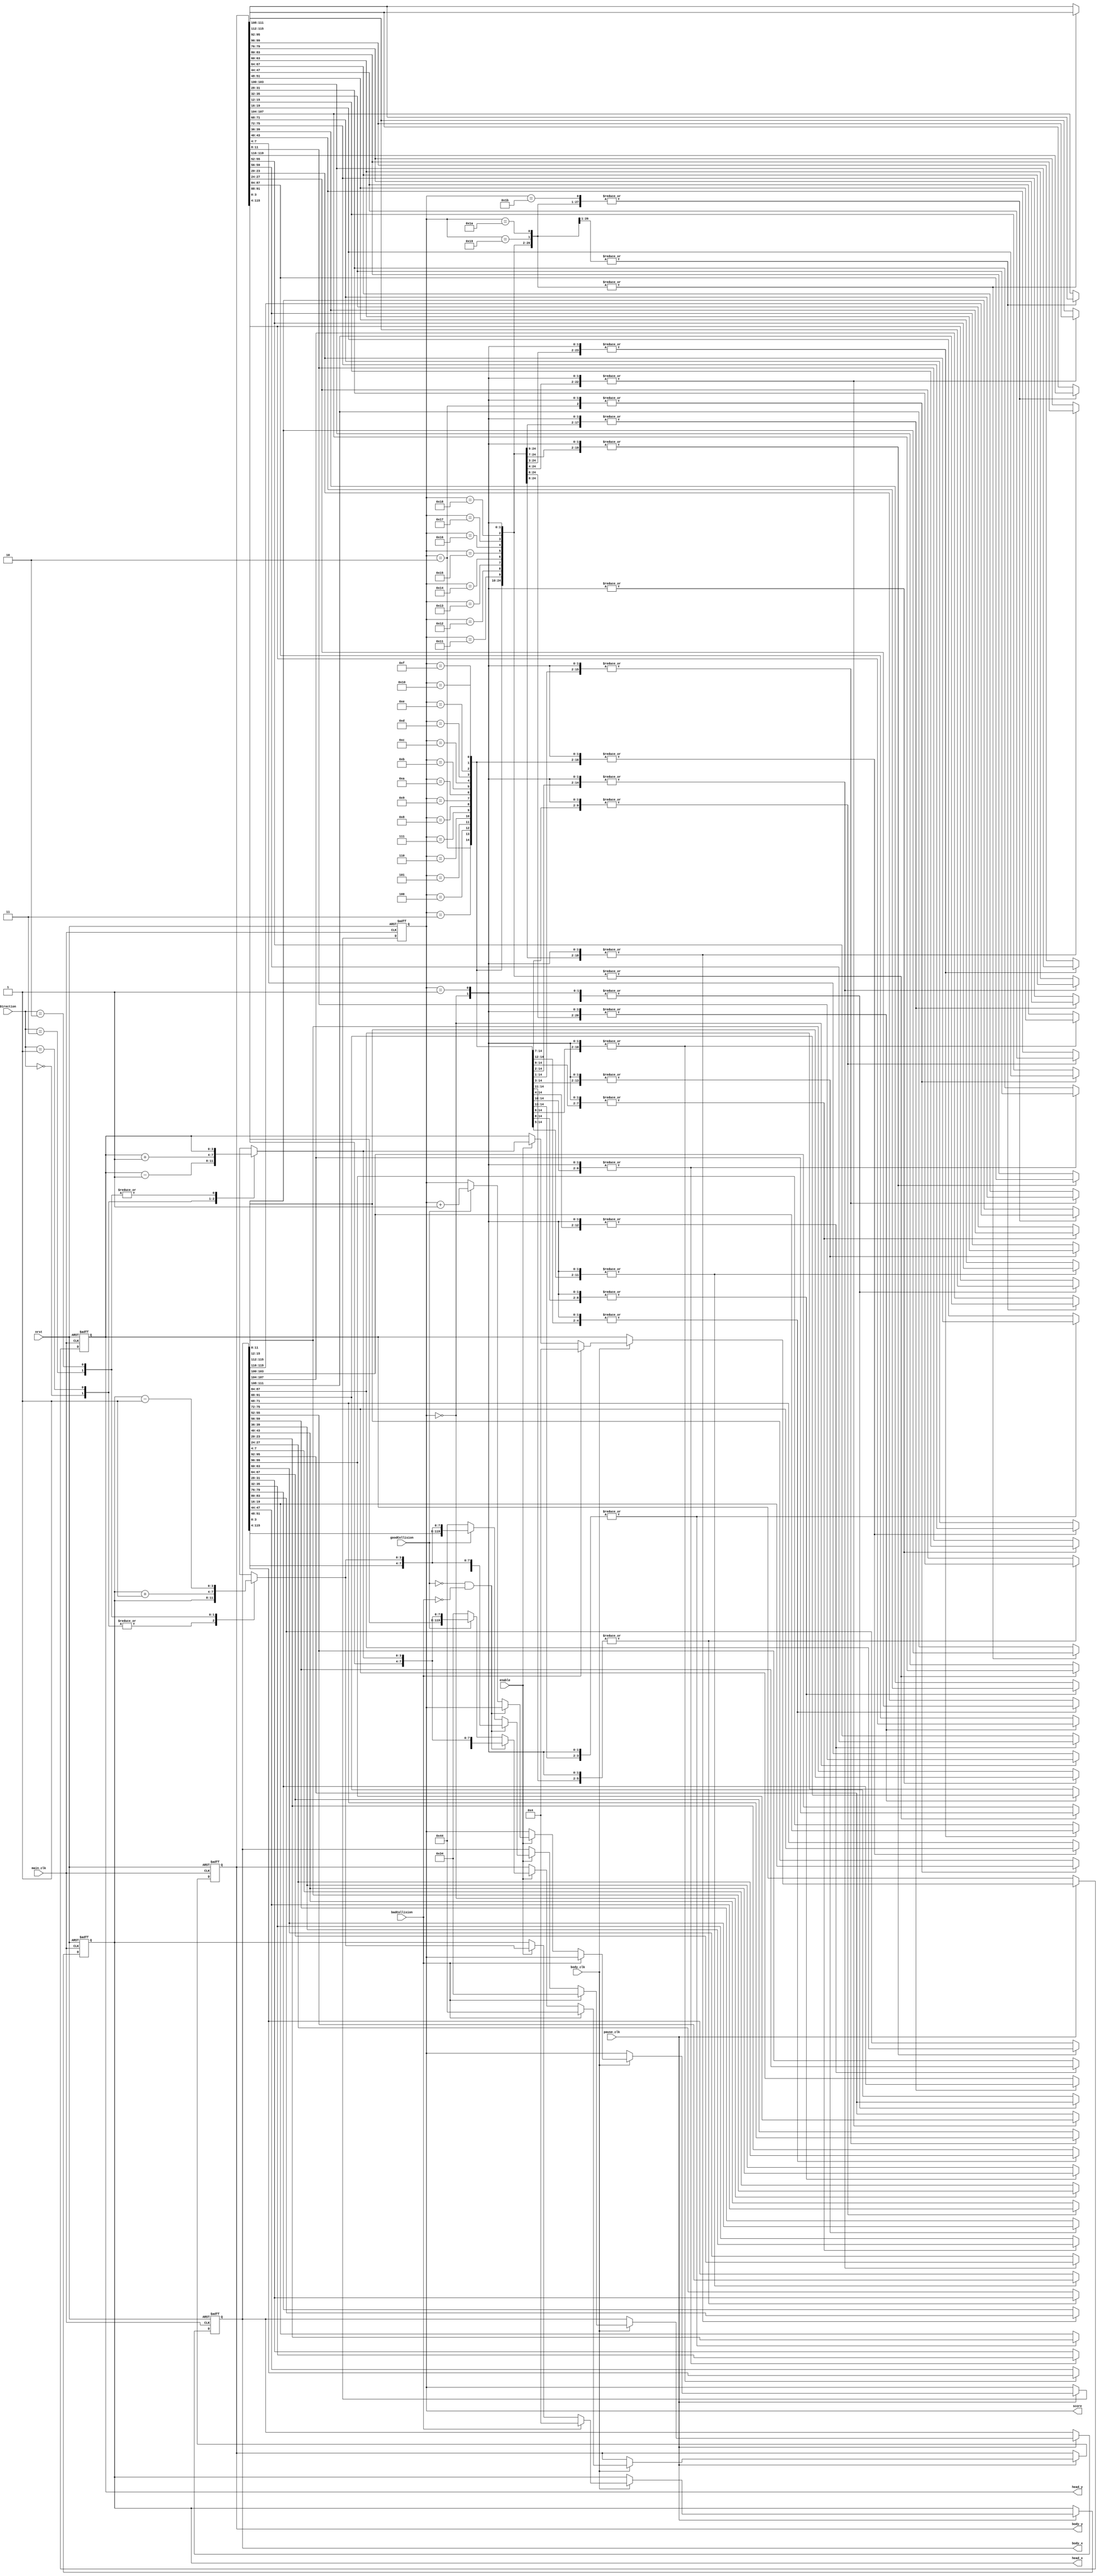
module t06_body_control (
	main_clk,
	body_clk,
	pause_clk,
	nrst,
	goodCollision,
	badCollision,
	enable,
	Direction,
	head_x,
	head_y,
	body_x,
	body_y,
	score
);
	reg _sv2v_0;
	input wire main_clk;
	input wire body_clk;
	input wire pause_clk;
	input wire nrst;
	input wire goodCollision;
	input wire badCollision;
	input wire enable;
	input wire [1:0] Direction;
	output reg [3:0] head_x;
	output reg [3:0] head_y;
	parameter MAX_LENGTH = 30;
	output reg [(MAX_LENGTH * 4) - 1:0] body_x;
	output reg [(MAX_LENGTH * 4) - 1:0] body_y;
	output reg [7:0] score;
	reg [3:0] innerhead_x;
	reg [3:0] innerhead_y;
	reg [(MAX_LENGTH * 4) - 1:0] nextbody_x;
	reg [(MAX_LENGTH * 4) - 1:0] nextbody_y;
	reg [(MAX_LENGTH * 4) - 1:0] finalbody_x;
	reg [(MAX_LENGTH * 4) - 1:0] finalbody_y;
	reg [7:0] innerscore;
	always @(*) begin
		if (_sv2v_0)
			;
		innerhead_x = head_x;
		innerhead_y = head_y;
		nextbody_x = body_x;
		nextbody_y = body_y;
		finalbody_x = nextbody_x;
		finalbody_y = nextbody_y;
		innerscore = score;
		if (enable == 1'b1) begin
			case (Direction)
				2'b00: innerhead_y = head_y - 1;
				2'b01: innerhead_y = head_y + 1;
				2'b11: innerhead_x = head_x + 1;
				2'b10: innerhead_x = head_x - 1;
				default: {innerhead_x, innerhead_y} = {head_x, head_y};
			endcase
			nextbody_x = {body_x[4 * (((MAX_LENGTH - 2) >= 0 ? MAX_LENGTH - 2 : ((MAX_LENGTH - 2) + ((MAX_LENGTH - 2) >= 0 ? MAX_LENGTH - 1 : 3 - MAX_LENGTH)) - 1) - (((MAX_LENGTH - 2) >= 0 ? MAX_LENGTH - 1 : 3 - MAX_LENGTH) - 1))+:4 * ((MAX_LENGTH - 2) >= 0 ? MAX_LENGTH - 1 : 3 - MAX_LENGTH)], innerhead_x};
			nextbody_y = {body_y[4 * (((MAX_LENGTH - 2) >= 0 ? MAX_LENGTH - 2 : ((MAX_LENGTH - 2) + ((MAX_LENGTH - 2) >= 0 ? MAX_LENGTH - 1 : 3 - MAX_LENGTH)) - 1) - (((MAX_LENGTH - 2) >= 0 ? MAX_LENGTH - 1 : 3 - MAX_LENGTH) - 1))+:4 * ((MAX_LENGTH - 2) >= 0 ? MAX_LENGTH - 1 : 3 - MAX_LENGTH)], innerhead_y};
			if ((goodCollision == 0) && (badCollision == 0))
				case (score)
					0: {finalbody_x[0+:8], finalbody_y[0+:8]} = {nextbody_x[0+:8], nextbody_y[0+:8]};
					1: {finalbody_x[0+:12], finalbody_y[0+:12]} = {nextbody_x[0+:12], nextbody_y[0+:12]};
					2: {finalbody_x[0+:16], finalbody_y[0+:16]} = {nextbody_x[0+:16], nextbody_y[0+:16]};
					3: {finalbody_x[0+:20], finalbody_y[0+:20]} = {nextbody_x[0+:20], nextbody_y[0+:20]};
					4: {finalbody_x[0+:24], finalbody_y[0+:24]} = {nextbody_x[0+:24], nextbody_y[0+:24]};
					5: {finalbody_x[0+:28], finalbody_y[0+:28]} = {nextbody_x[0+:28], nextbody_y[0+:28]};
					6: {finalbody_x[0+:32], finalbody_y[0+:32]} = {nextbody_x[0+:32], nextbody_y[0+:32]};
					7: {finalbody_x[0+:36], finalbody_y[0+:36]} = {nextbody_x[0+:36], nextbody_y[0+:36]};
					8: {finalbody_x[0+:40], finalbody_y[0+:40]} = {nextbody_x[0+:40], nextbody_y[0+:40]};
					9: {finalbody_x[0+:44], finalbody_y[0+:44]} = {nextbody_x[0+:44], nextbody_y[0+:44]};
					10: {finalbody_x[0+:48], finalbody_y[0+:48]} = {nextbody_x[0+:48], nextbody_y[0+:48]};
					11: {finalbody_x[0+:52], finalbody_y[0+:52]} = {nextbody_x[0+:52], nextbody_y[0+:52]};
					12: {finalbody_x[0+:56], finalbody_y[0+:56]} = {nextbody_x[0+:56], nextbody_y[0+:56]};
					13: {finalbody_x[0+:60], finalbody_y[0+:60]} = {nextbody_x[0+:60], nextbody_y[0+:60]};
					14: {finalbody_x[0+:64], finalbody_y[0+:64]} = {nextbody_x[0+:64], nextbody_y[0+:64]};
					15: {finalbody_x[0+:68], finalbody_y[0+:68]} = {nextbody_x[0+:68], nextbody_y[0+:68]};
					16: {finalbody_x[0+:72], finalbody_y[0+:72]} = {nextbody_x[0+:72], nextbody_y[0+:72]};
					17: {finalbody_x[0+:76], finalbody_y[0+:76]} = {nextbody_x[0+:76], nextbody_y[0+:76]};
					18: {finalbody_x[0+:80], finalbody_y[0+:80]} = {nextbody_x[0+:80], nextbody_y[0+:80]};
					19: {finalbody_x[0+:84], finalbody_y[0+:84]} = {nextbody_x[0+:84], nextbody_y[0+:84]};
					20: {finalbody_x[0+:88], finalbody_y[0+:88]} = {nextbody_x[0+:88], nextbody_y[0+:88]};
					21: {finalbody_x[0+:92], finalbody_y[0+:92]} = {nextbody_x[0+:92], nextbody_y[0+:92]};
					22: {finalbody_x[0+:96], finalbody_y[0+:96]} = {nextbody_x[0+:96], nextbody_y[0+:96]};
					23: {finalbody_x[0+:100], finalbody_y[0+:100]} = {nextbody_x[0+:100], nextbody_y[0+:100]};
					24: {finalbody_x[0+:104], finalbody_y[0+:104]} = {nextbody_x[0+:104], nextbody_y[0+:104]};
					25: {finalbody_x[0+:108], finalbody_y[0+:108]} = {nextbody_x[0+:108], nextbody_y[0+:108]};
					26: {finalbody_x[0+:112], finalbody_y[0+:112]} = {nextbody_x[0+:112], nextbody_y[0+:112]};
					27: {finalbody_x[0+:116], finalbody_y[0+:116]} = {nextbody_x[0+:116], nextbody_y[0+:116]};
					28: {finalbody_x[0+:120], finalbody_y[0+:120]} = {nextbody_x[0+:120], nextbody_y[0+:120]};
					default: {finalbody_x, finalbody_y} = {nextbody_x, nextbody_y};
				endcase
			else if (goodCollision == 1) begin
				finalbody_x = nextbody_x;
				finalbody_y = nextbody_y;
				innerscore = score + 1;
			end
			else begin
				finalbody_x <= 120'h000000000000000000000000000044;
				finalbody_y <= 120'h000000000000000000000000000034;
			end
		end
	end
	always @(posedge main_clk or negedge nrst)
		if (nrst == 1'b0) begin
			head_x <= 4'd4;
			head_y <= 4'd4;
			body_x <= 120'h000000000000000000000000000034;
			body_y <= 120'h000000000000000000000000000044;
			score <= 0;
		end
		else if (pause_clk) begin
			if (body_clk) begin
				if (badCollision == 0) begin
					head_x <= innerhead_x;
					head_y <= innerhead_y;
					body_x <= finalbody_x;
					body_y <= finalbody_y;
					score <= innerscore;
				end
				else begin
					head_x <= 4'd4;
					head_y <= 4'd4;
					body_x <= 120'h000000000000000000000000000034;
					body_y <= 120'h000000000000000000000000000044;
				end
			end
			else begin
				head_x = head_x;
				head_y = head_y;
				body_x = body_x;
				body_y = body_y;
				score = score;
			end
		end
		else begin
			head_x = head_x;
			head_y = head_y;
			body_x = body_x;
			body_y = body_y;
			score = score;
		end
	initial _sv2v_0 = 0;
endmodule